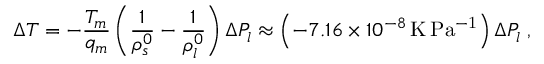
\Delta T = - \frac { T _ { m } } { q _ { m } } \left( \frac { 1 } { \rho _ { s } ^ { 0 } } - \frac { 1 } { \rho _ { l } ^ { 0 } } \right) \Delta P _ { l } \approx \left( - 7 . 1 6 \times 1 0 ^ { - 8 } \, \mathrm { K \, P a ^ { - 1 } } \right) \Delta P _ { l } \; ,